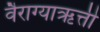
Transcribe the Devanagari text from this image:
वैराग्याऋत्ती